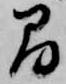
間